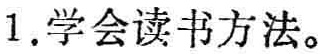
1.学会读书方法。